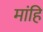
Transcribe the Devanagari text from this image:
मांहि